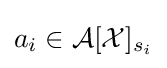
a_{i}\in {\mathcal {A}}[{\mathcal {X}}]_{s_{i}}